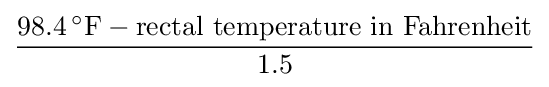
{\frac {98.4\,^{\circ }{\rm {F}}-{\text{rectal temperature in Fahrenheit}}}{1.5}}